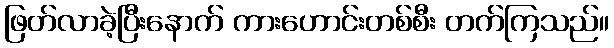
ဖြတ်လာခဲ့ပြီးနောက် ကားဟောင်းတစ်စီး တက်ကြသည်။